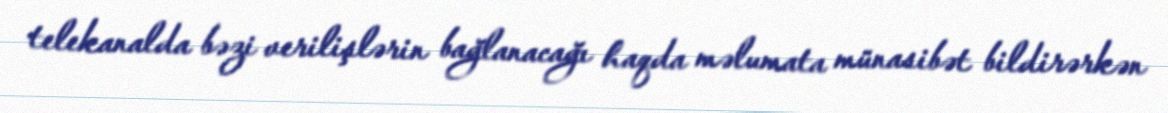
telekanalda bəzi verilişlərin bağlanacağı haqda məlumata münasibət bildirərkən